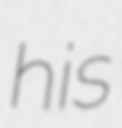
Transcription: his